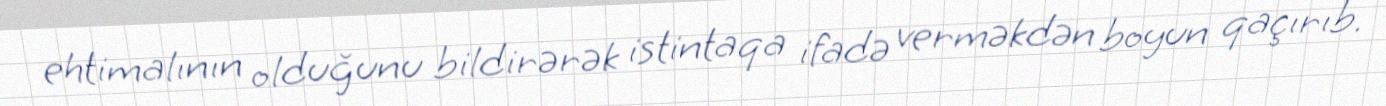
ehtimalının olduğunu bildirərək istintaqa ifadə verməkdən boyun qaçırıb.